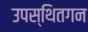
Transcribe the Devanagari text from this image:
उपस्थितगन